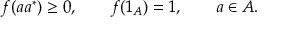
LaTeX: f ( a a ^ { * } ) \geq 0 , \qquad f ( 1 _ { A } ) = 1 , \qquad a \in A .